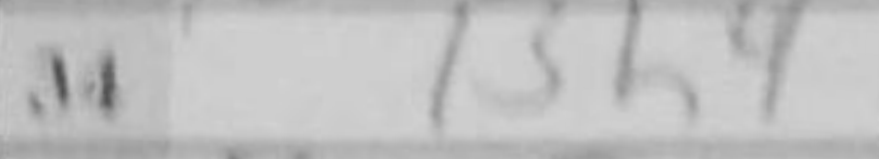
Transcription: Bh4